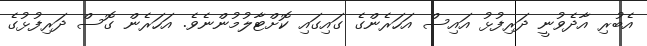
އެބުރި އާދެވުނީ ދަރިފުޅު އައިސް އަހަރެންގެ ގައިގައި ކޮށްޓާލުމުންނެވެ. އަހަރެން ގޮސް ދަރިފުޅުގެ